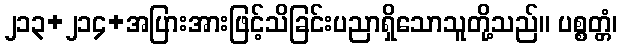
၂၁၃+၂၁၄+အပြားအားဖြင့်သိခြင်းပညာရှိသောသူတို့သည်။ ပစ္စတ္တံ၊